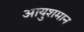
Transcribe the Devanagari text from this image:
आयुशमान